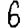
Digit: 6